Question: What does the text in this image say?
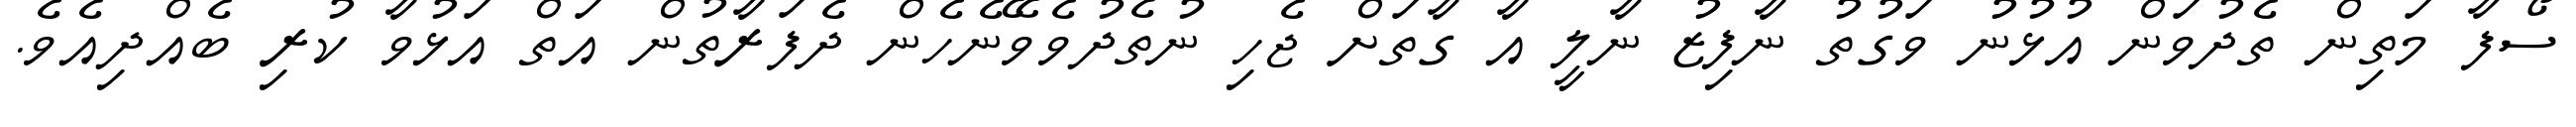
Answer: ސޯފާ މަތިން ތެދުވަން އުޅުނު ވަގުތު ނާފިޒު ނާލީ އާ ގާތަށް ޖެހި ނުތެދުވެވޭނެހެން ދެފަރާތުން އަތް އަޅުވާ ކުރި ބެއްދިއެވެ.